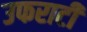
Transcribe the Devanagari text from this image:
उफराटी